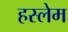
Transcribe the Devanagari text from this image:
हस्लेम